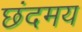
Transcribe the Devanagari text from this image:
छंदमय